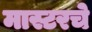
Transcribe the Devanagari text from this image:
मास्टरचे